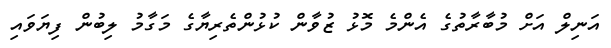
އަނިލް އަށް މުބާރާތުގެ އެންމެ މޮޅު ޒުވާން ކުޅުންތެރިޔާގެ މަގާމު ލިބުން ފިޔަވައި